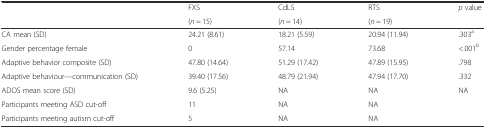
<table><thead><tr><td rowspan="2"></td><td><b>FXS</b></td><td><b>CdLS</b></td><td><b>RTS</b></td><td rowspan="2"><b><i>p</i> value</b></td></tr><tr><td><b>(<i>n</i> = 15)</b></td><td><b>(<i>n</i> = 14)</b></td><td><b>(<i>n</i> = 19)</b></td></tr></thead><tbody><tr><td>CA mean (SD)</td><td>24.21 (8.61)</td><td>18.21 (5.59)</td><td>20.94 (11.94)</td><td>.303<sup>a</sup></td></tr><tr><td>Gender percentage female</td><td>0</td><td>57.14</td><td>73.68</td><td>&lt;.001<sup>b</sup></td></tr><tr><td>Adaptive behavior composite (SD)</td><td>47.80 (14.64)</td><td>51.29 (17.42)</td><td>47.89 (15.95)</td><td>.798</td></tr><tr><td>Adaptive behaviour—communication (SD)</td><td>39.40 (17.56)</td><td>48.79 (21.94)</td><td>47.94 (17.70)</td><td>.332</td></tr><tr><td>ADOS mean score (SD)</td><td>9.6 (5.25)</td><td>NA</td><td>NA</td><td>NA</td></tr><tr><td>Participants meeting ASD cut-off</td><td>11</td><td>NA</td><td>NA</td><td></td></tr><tr><td>Participants meeting autism cut-off</td><td>5</td><td>NA</td><td>NA</td><td></td></tr></tbody></table>